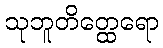
သုဘူတိတ္ထေရော